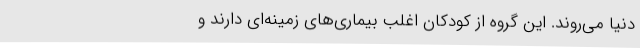
دنیا می‌روند. این گروه از کودکان اغلب بیماری‌های زمینه‌ای دارند و